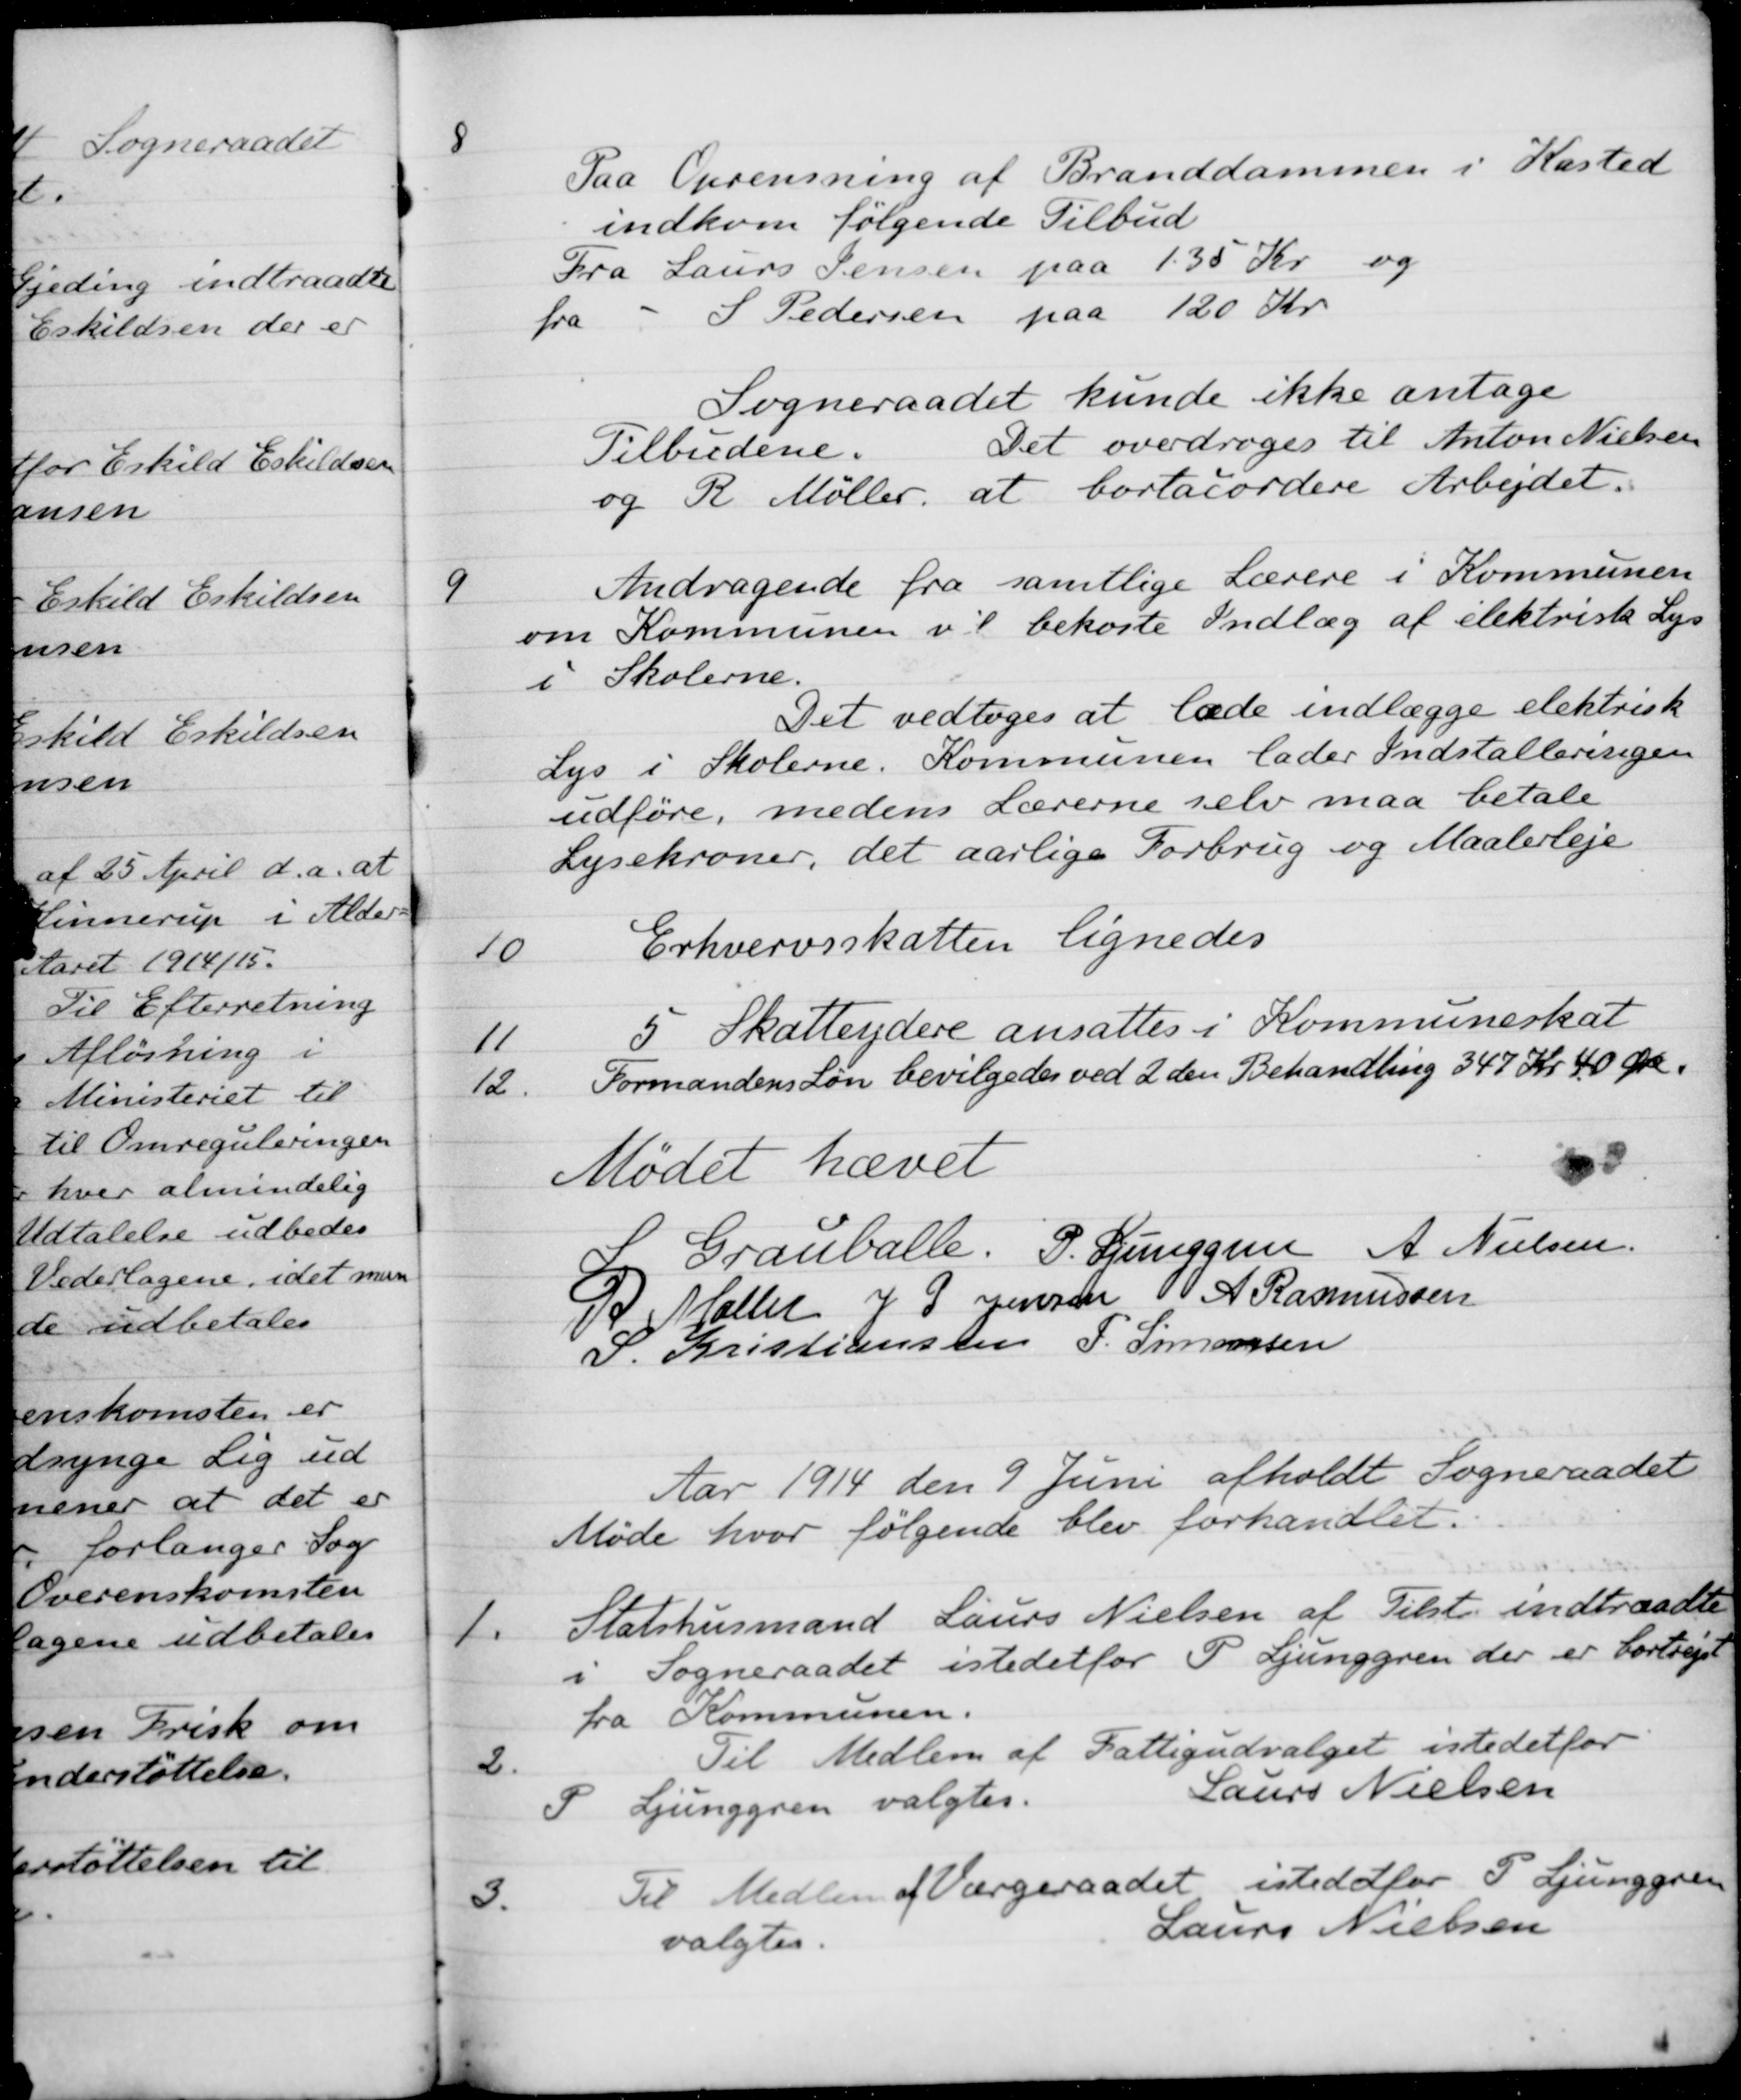
Transskription:
8
Paa Oprensning af Branddammen i Kasted
indkom følgende Tilbud
Fra Laurs Jensen paa 135 Kr og
fra S Pedersen paa 120 Kr
Sogneraadet kunde ikke antage
Tilbudene.
Det overdroges til Anton Nielsen
og R. Møller, at bortacordere Arbejdet.
9
Andragende fra samtlige Lærere i Kommunen
om Kommunen vil bekoste Indlæg af elektrisk Lys
i Skolerne.
Det vedtoges at lade indlægge elektrisk
Lys i Skolerne. Kommunen lader Indstalleringen
udføre, medens Lærerne selv maa betale
Lysekroner, det aarlige Forbrug og Maalerleje
10
Erhvervsskatten lignedes
11
5 Skatteydere ansattes i Kommuneskat
12
Formandens Løn bevilgedes ved 2 den Behandling 347 Kr 40 Øre.
Mødet hævet
S. Grauballe.
P. Ljunggren
A. Nielsen
R Møller
J P Jensen
A Rasmussen
S. Kristiansen
P. Simonsen
Aar 1914 den 9 Juni afholdt Sogneraadet
Møde hvor følgende blev forhandlet:
1.
Statshusmand Laurs Nielsen af Tilst. indtraadte
i Sogneraadet istedetfor P. Ljunggren der er bortrejst
fra Kommunen.
2.
Til Medlem af Fattigudvalget istedetfor
P Ljunggren valgtes.
Laurs Nielsen
3.
Til Medlem af Værgeraadet istedetfor P. Ljunggren
valgtes
Laurs Nielsen